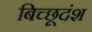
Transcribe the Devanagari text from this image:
बिच्छूदंश